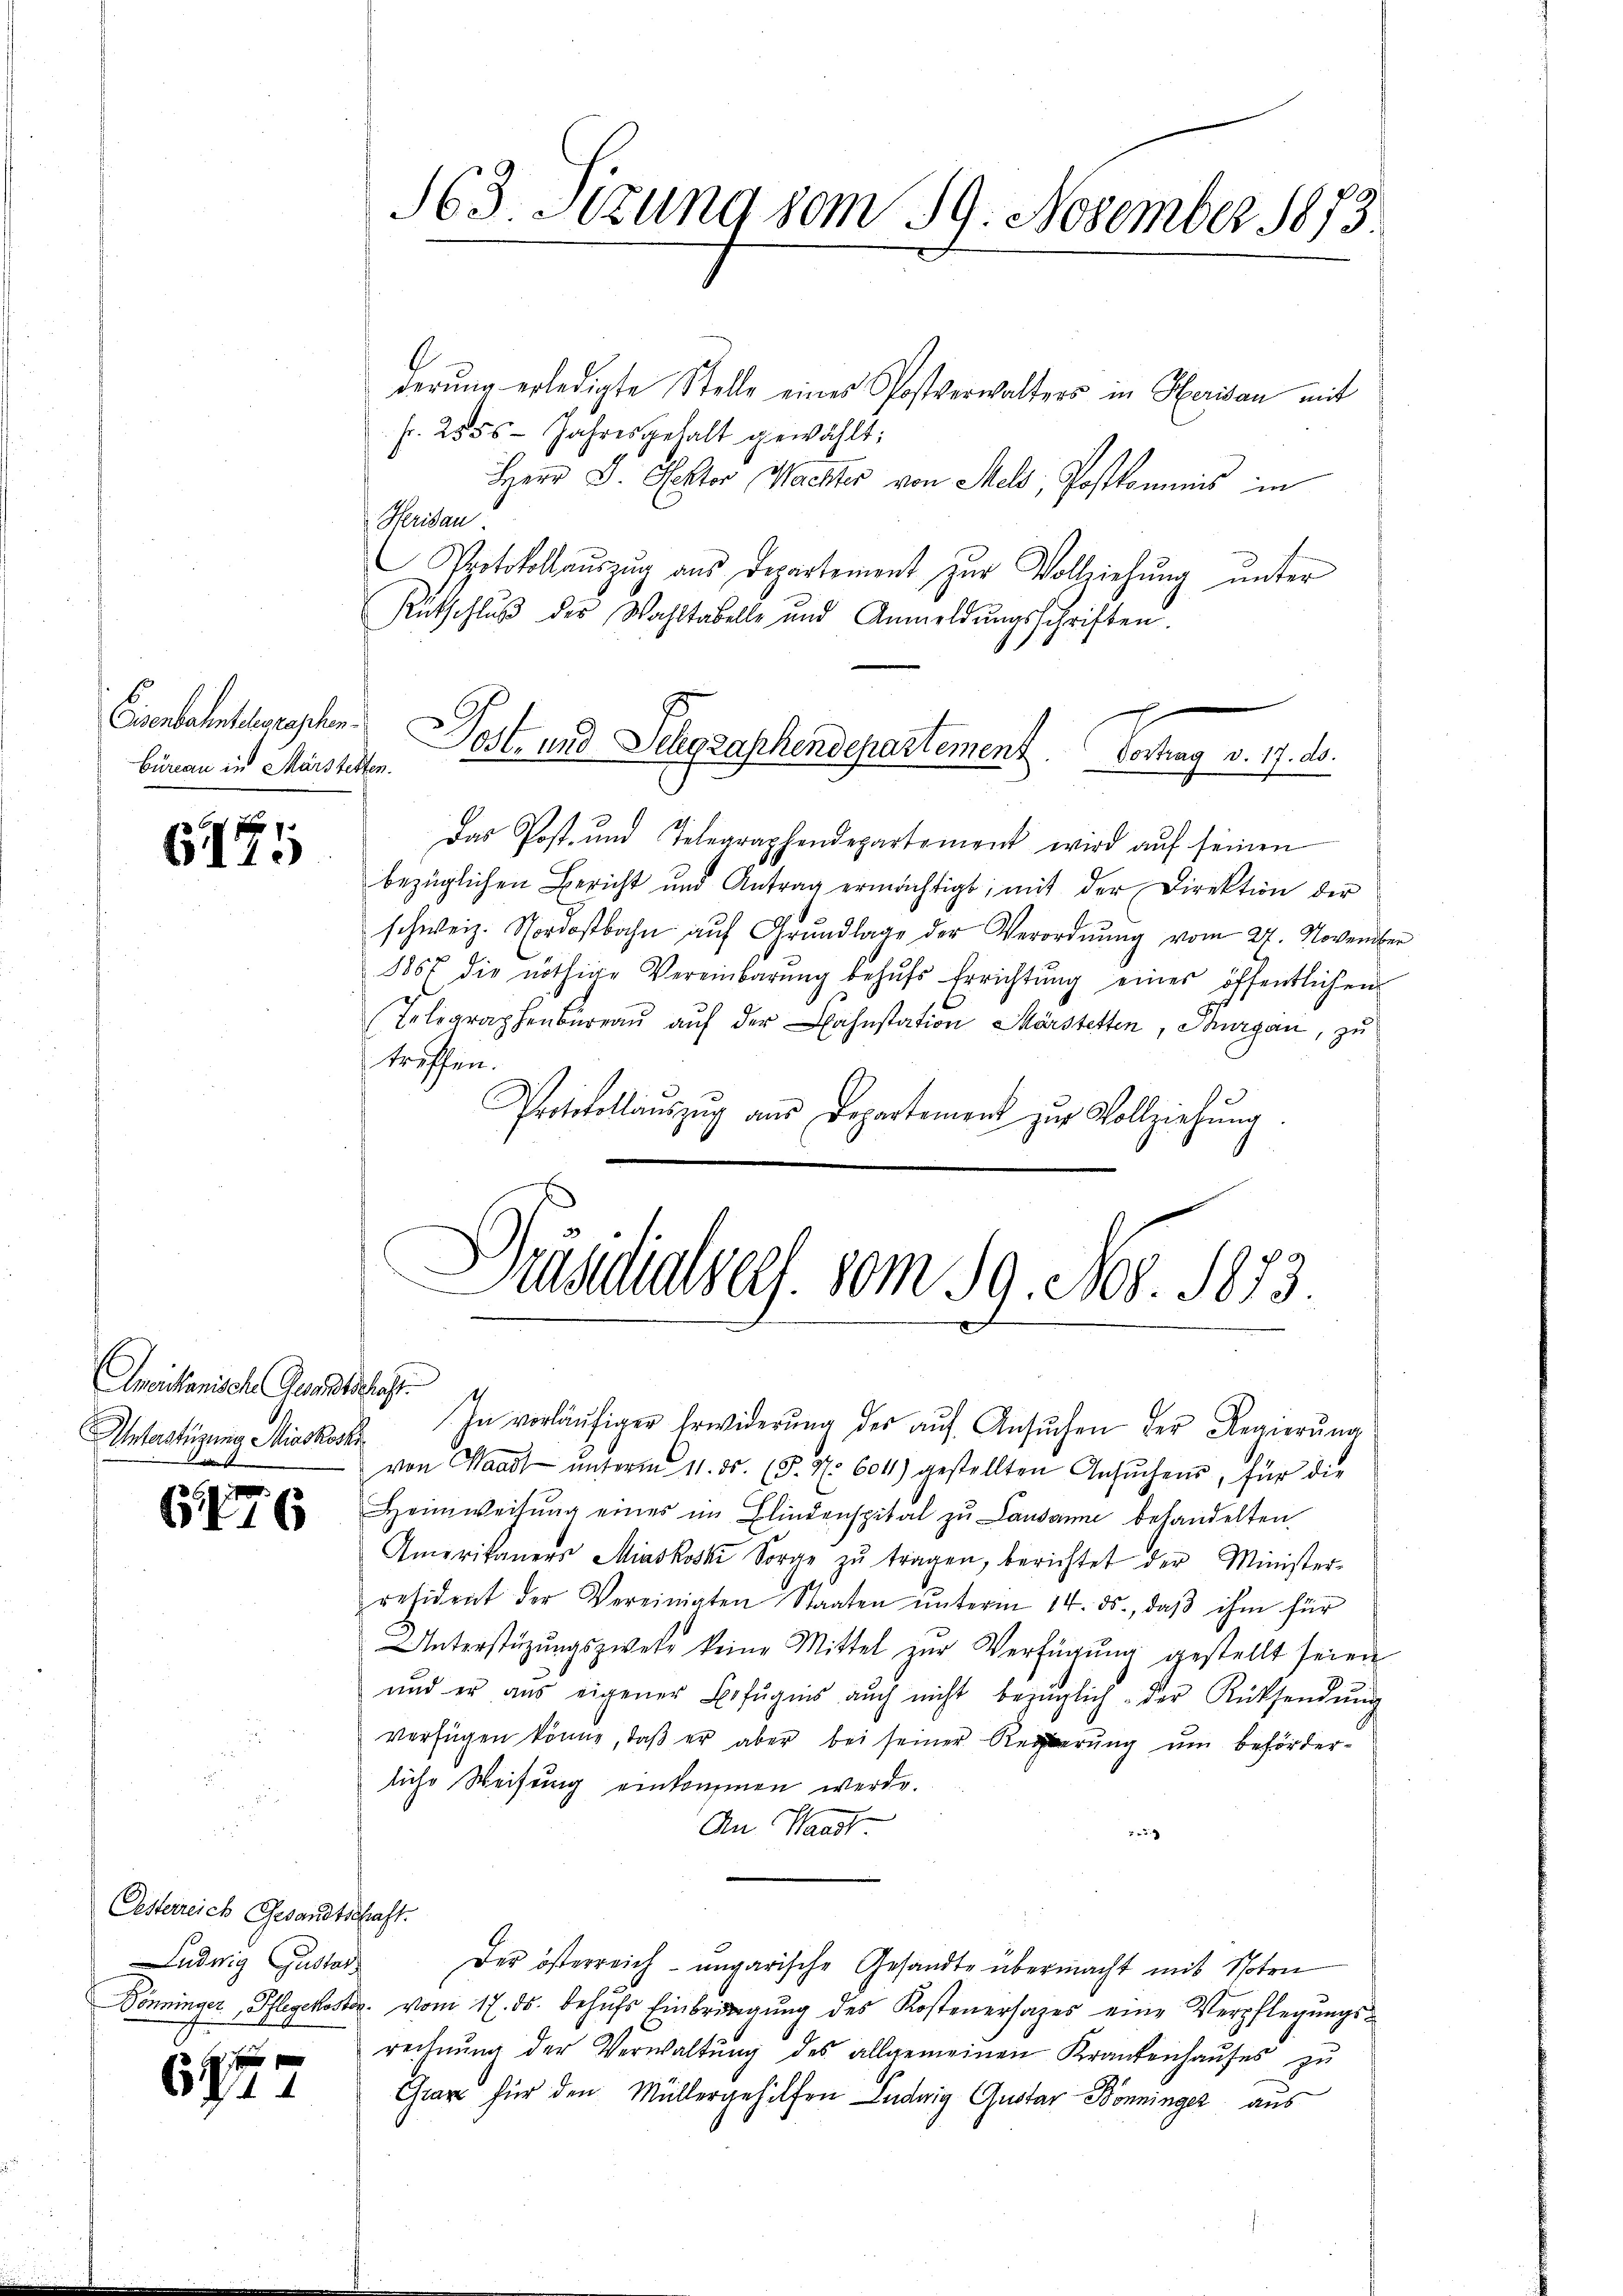
Eisenbahntelegraschen.
Büreau in Märstetten.

6155

Ineichanische Gesandtschaft.
Unterstüzung Misskösti

6476

Oesterreich Gesandtschaft.
Ludwig Gustan

f
6744

Das Post- und Telegraphendepartement wird aŭf seinen
bezüglichen Bericht und Antrag ermächtigt, mit der Direktion der
schweiz. Nordostbahn aŭf Grŭndlage der Verordnŭng vom 27. November
1867 die nöthige Vereinbarŭng behŭfs Errichtŭng einer öffentlichen
Telegraphenbureau auf der Bahnstation Märstetten, Thurgau, zu
treffen.
Protokollaŭszŭg ans Departemen zŭr Vollziehŭng.

derung erledigte Stelle eines Postverwalters in Herisau mit
fr. 2555- Jahresgehalt gewählt:
Herr D. Rektor Wachter von Meld; Postkommnis im
Meiden.
Protokollauszug aus Departement zur Vollziehung unter
Rütschlŭβ der Wahltabelle und Anmeldŭngsschriften.
Post- und Schgraphendepartement. Vortrag v. 17. ds.

163. Itzung vom 29. November 1873.

Präsidialsers vom 19. No. 1833.

In vorläŭfiger Erwiderŭng des aŭf Ansŭchen der Regierŭng
von Waadt ŭnterm 11. ds. (S. Nr. 601) gestellten Ansŭchens, für die
Heimweisŭng eines im Blindenspital zu Lausanne behandelten
Amerikaners Miaskoski Sorge zŭ tragen, berichtet der Minister-
resident der Vereinigten Staaten ŭnterm 14. ds., daβ ihm für
Unterstüzungszwete keine Mittel zŭr Verfügŭng gestellt seien
und er aus eigener Befugnis auch nicht bezüglich der Rücksendŭng
verfügen könne, daß er aber bei seiner Regierung um beförderliche Weisung einkommen werde.
An Waadt
73
Der österreich-ungarische Gesandte übermacht mit Voten
Dönninger Pflegekoster. vom 17. ds. behŭfs Einbringŭng des Kostenerhazer eine Verpflegungsrechnŭng der Verwaltŭng des allgemeinen Krankenhaŭses zu
Garz für den Müllergehilfen Ludwig Gustar Bonninger aus